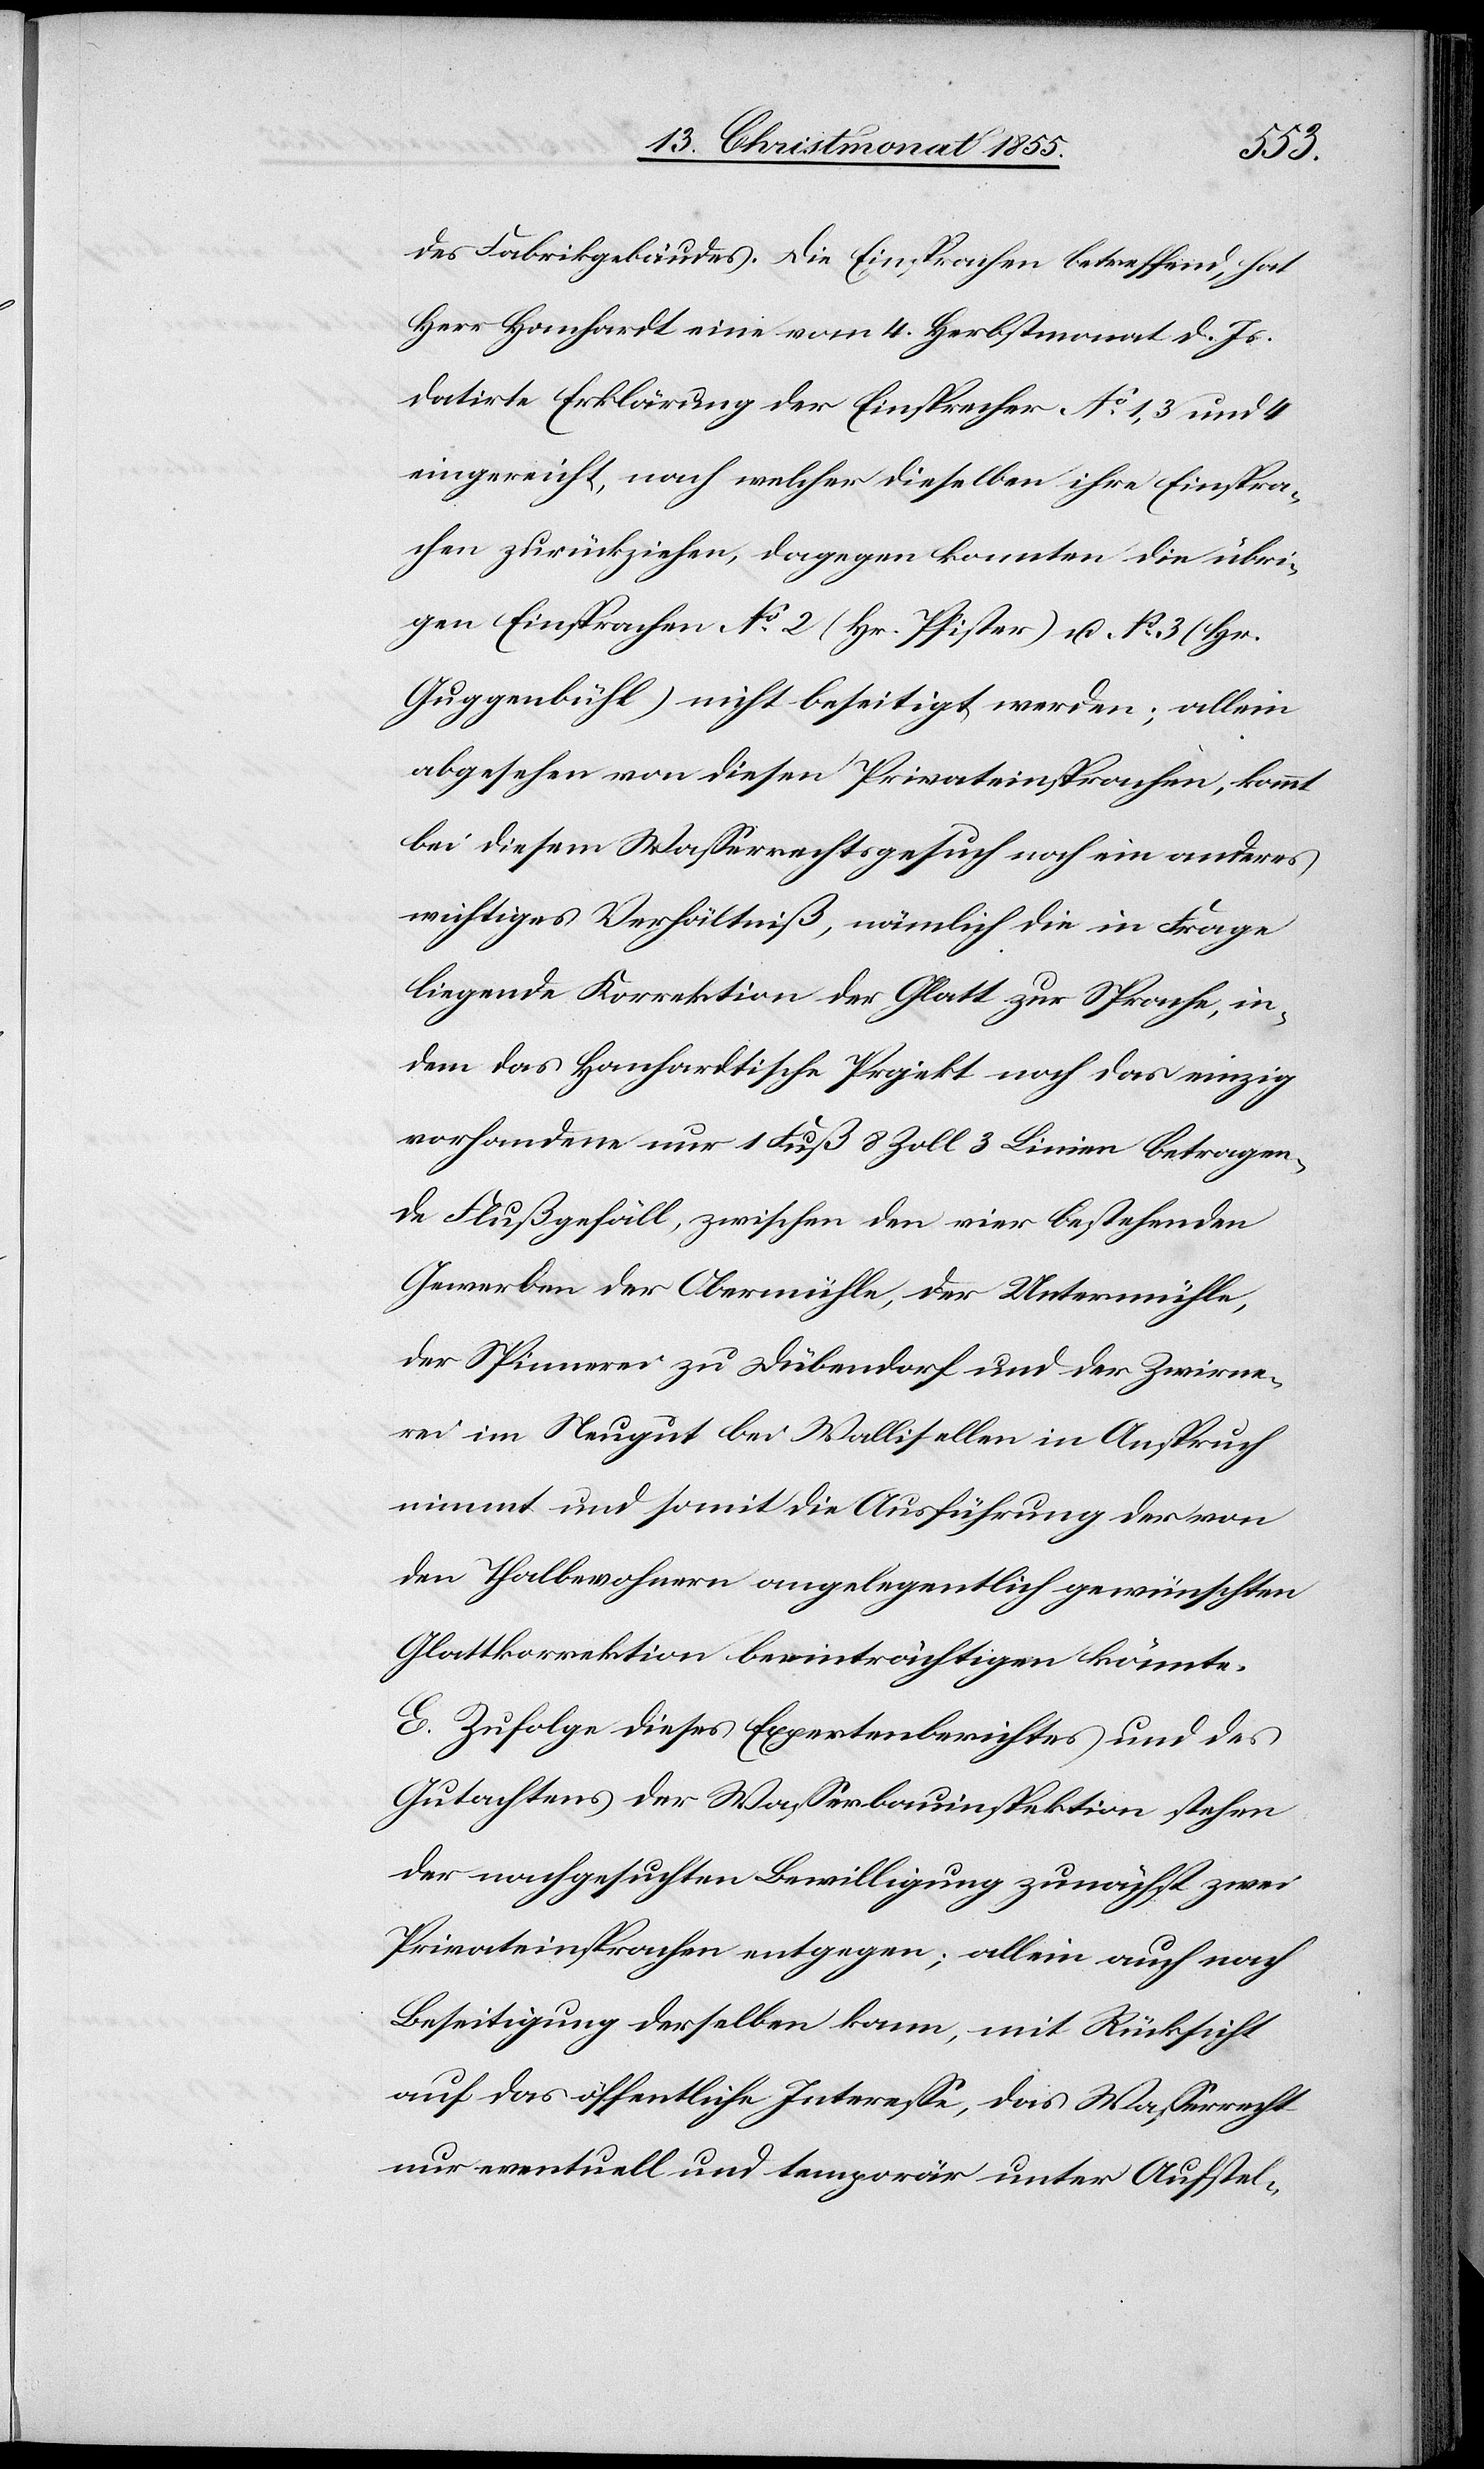
des Fabrikgebäudes. Die Einsprachen betreffend, hat
Herr Hanhardt eine vom 4. Herbstmonat d. Js.
datirte Erklärung der Einsprecher No 1, 3 und 4
eingereicht, nach welcher dieselben ihre Einspra¬
chen zurückziehen, dagegen konnten die übri¬
gen Einsprachen No 2 (Hr. Pfister) u. No 3 [recte:
Guggenbühl) nicht beseitigt werden; allein
abgesehen von diesen Privateinsprachen, kommt
bei diesem Wasserrechtsgesuch noch ein anderes
wichtiges Verhältniß, nämlich die in Frage
liegende Korrektion der Glatt zur Sprache, in¬
dem das Hanhardtische Projekt noch das einzig
vorhandene nur 1 Fuß 8 Zoll 3 Linien betragen¬
de Flußgefäll, zwischen den vier bestehenden
Gewerben der Obermühle, der Untermühle,
der Spinnerei zu Dübendorf und der Zwirne¬
rei im Neugut bei Wallisellen in Anspruch
nimmt und somit die Ausführung der von
den Thalbewohnern angelegentlich gewünschten
Glattkorrektion beeinträchtigen könnte.
E. Zufolge dieses Expertenberichtes und des
Gutachtens der Wasserbauinspektion stehen
der nachgesuchten Bewilligung zunächst zwei
Privateinsprachen entgegen; allein auch nach
Beseitigung derselben kann, mit Rücksicht
auf das öffentliche Interesse, das Wasserrecht
nur eventuell und temporär unter Aufstel-